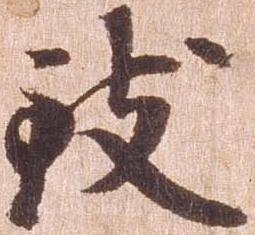
致